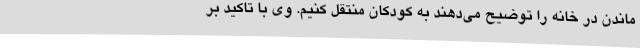
ماندن در خانه را توضیح می‌دهند به کودکان منتقل کنیم. وی با تاکید بر